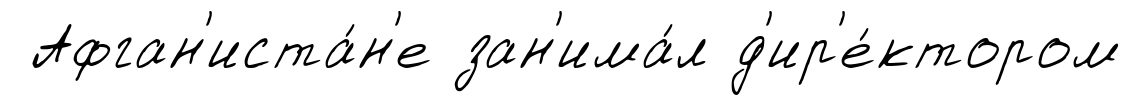
Афган'иста́н'е зан'има́л д'ир'е́ктором